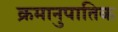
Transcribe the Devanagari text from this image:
क्रमानुपातिक